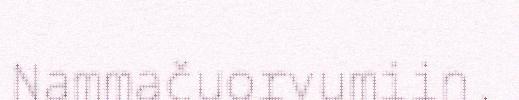
Nammačuorvumiin.